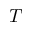
T